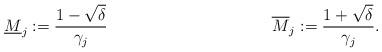
LaTeX: \begin{align*}\underline{M}_j := \frac{1-\sqrt{\delta}}{\gamma_j} && && \overline{M}_j := \frac{1+\sqrt{\delta}}{\gamma_j}.\end{align*}